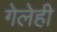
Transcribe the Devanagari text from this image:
गेलेही